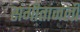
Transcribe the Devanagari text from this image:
संगीतांजली